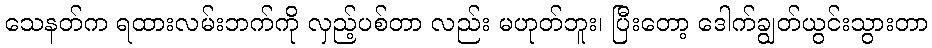
သေနတ်က ရထားလမ်းဘက်ကို လှည့်ပစ်တာ လည်း မဟုတ်ဘူး၊ ပြီးတော့ ဒေါက်ချွတ်ယွင်းသွားတာ